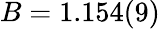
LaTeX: B=1.154(9)